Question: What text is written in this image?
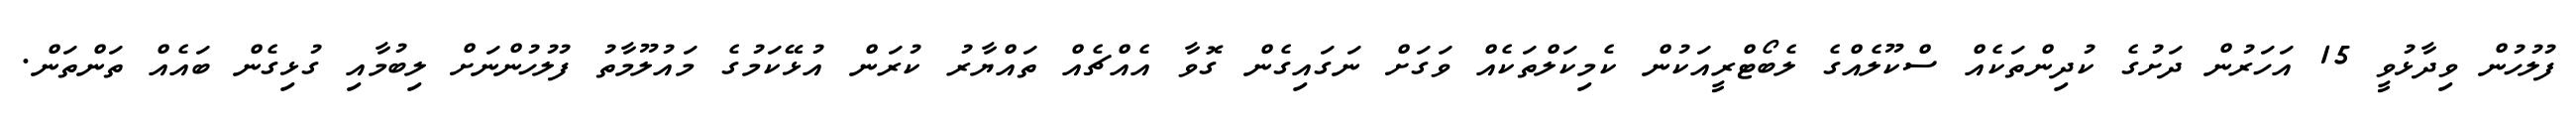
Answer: ފުލުހުން ވިދާޅުވީ 15 އަހަރުން ދަށުގެ ކުދިންތަކެއް ސްކޫލެއްގެ ލެބޯޓްރީއަކުން ކެމިކަލްތަކެއް ވަގަށް ނަގައިގެން ގޮވާ އެއްޗެއް ތައްޔާރު ކުރަން އުޅޭކަމުގެ މައުލޫމާތު ފުލުހުންނަށް ލިބުމާއި ގުޅިގެން ބައެއް ތަންތަން.